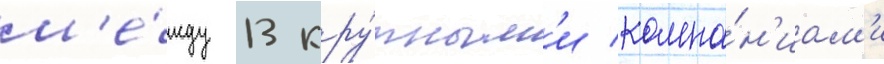
м'е́жду 13 кру́пным'и компа́н'иам'и